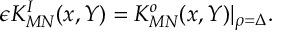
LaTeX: \epsilon K _ { M N } ^ { I } ( x , Y ) = K _ { M N } ^ { o } ( x , Y ) \vert _ { \rho = \Delta } .